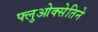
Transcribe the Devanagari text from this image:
फ्लुओक्सेतिने